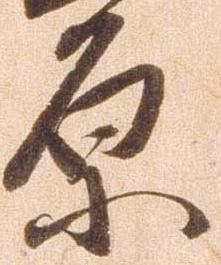
原